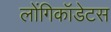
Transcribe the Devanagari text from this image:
लोंगिकॉडेटस